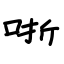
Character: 哳